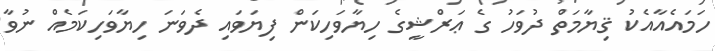
ހަމައެއާއެކު ޤިޔާމަތް ދުވަހު ގެ ޢަރްޝީގެ ހިޔާވަހިކަން ފިޔަވައި ދެވަނަ ހިޔާވަހިކަމެއް ނުވާ